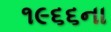
૧૯૬૬ના